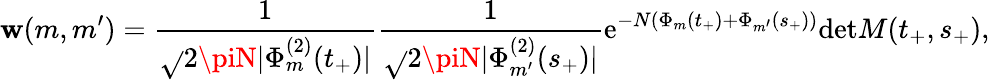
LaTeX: \mathbf{w}(m,m^{\prime})=\frac{{1}}{{\sqrt{}{{2\piN|\Phi_{m}^{(2)}(t_{+})|}}}}\frac{{1}}{{\sqrt{}{{2\piN|\Phi_{m^{\prime}}^{(2)}(s_{+})|}}}}\mathrm{{e}}^{-N(\Phi_{m}(t_{+})+\Phi_{m^{\prime}}(s_{+}))}\mathrm{{det}}M(t_{+},s_{+}),